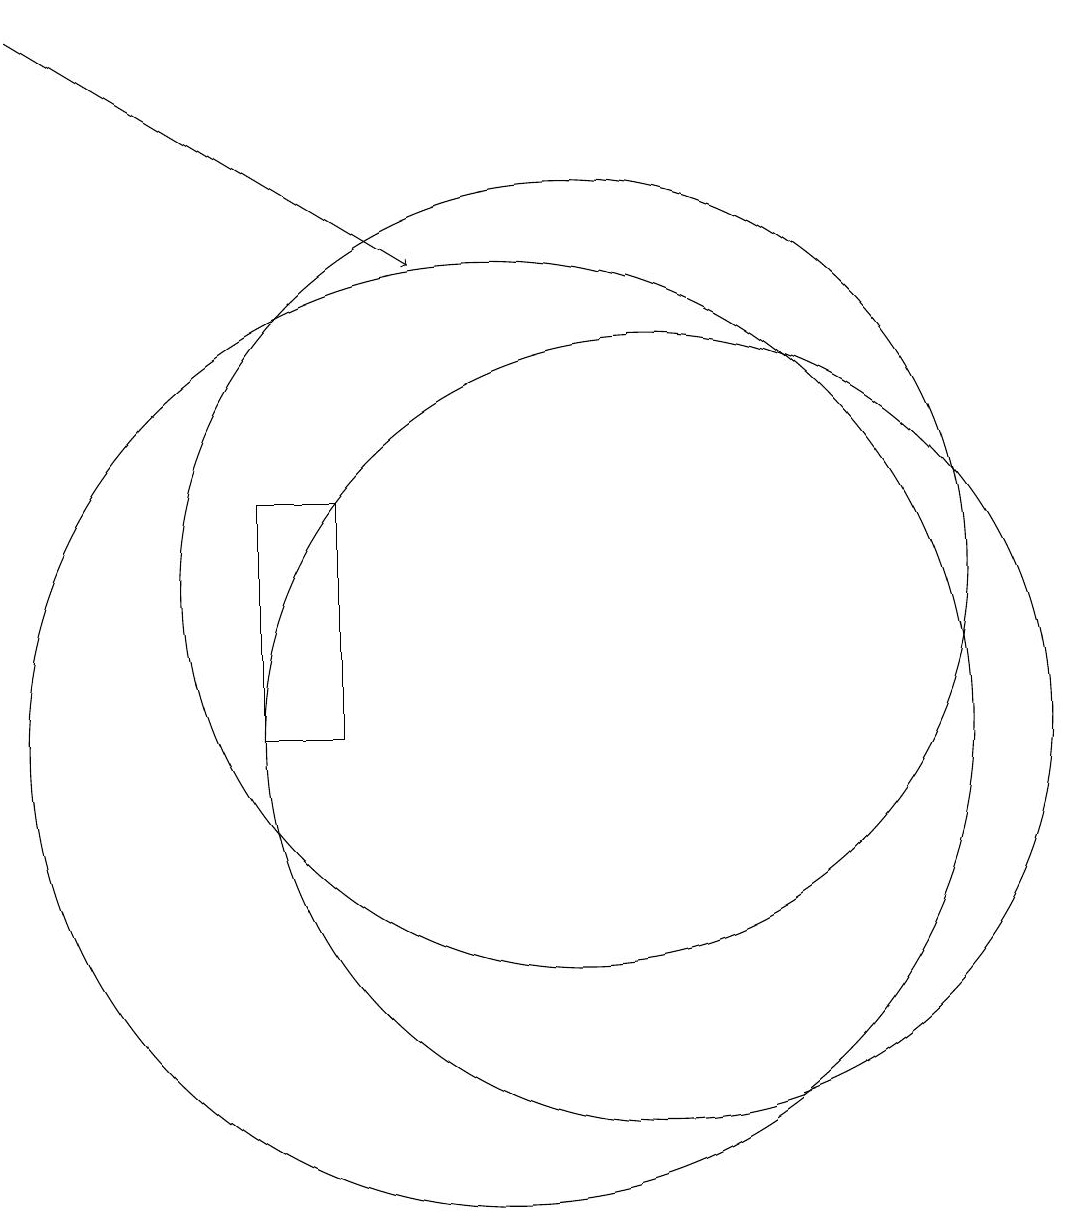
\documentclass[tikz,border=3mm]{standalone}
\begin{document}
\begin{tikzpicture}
\draw (7,10) rectangle (8,13);
\draw (11,12) circle (5);
\draw (12,10) circle (0);
\draw (10,10) circle (6);
\draw (12,10) circle (5);
\draw[->] (4,19) -- (9,16);
\draw (12,10) circle (0);
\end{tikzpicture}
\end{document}